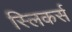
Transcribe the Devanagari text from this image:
स्लिकर्स